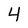
Character: 4